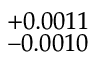
^ { + 0 . 0 0 1 1 } _ { - 0 . 0 0 1 0 }